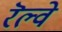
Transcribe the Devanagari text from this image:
रॆल्वे